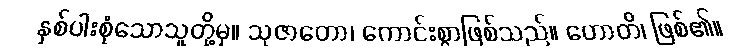
နှစ်ပါးစုံသောသူတို့မှ။ သုဇာတော၊ ကောင်းစွာဖြစ်သည်။ ဟောတိ၊ ဖြစ်၏။